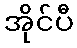
အိုင်ပီ